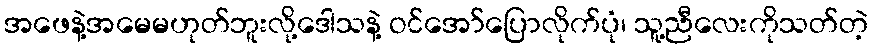
အဖေနဲ့အမေမဟုတ်ဘူးလို့ဒေါသနဲ့ ဝင်အော်ပြောလိုက်ပုံ၊ သူ့ညီလေးကိုသတ်တဲ့